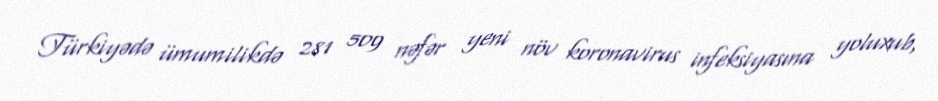
Türkiyədə ümumilikdə 281 509 nəfər yeni növ koronavirus infeksiyasına yoluxub,